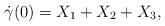
LaTeX: \begin{align*} \dot{\gamma}(0)=X_1+X_2+X_3, \end{align*}